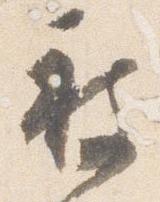
被